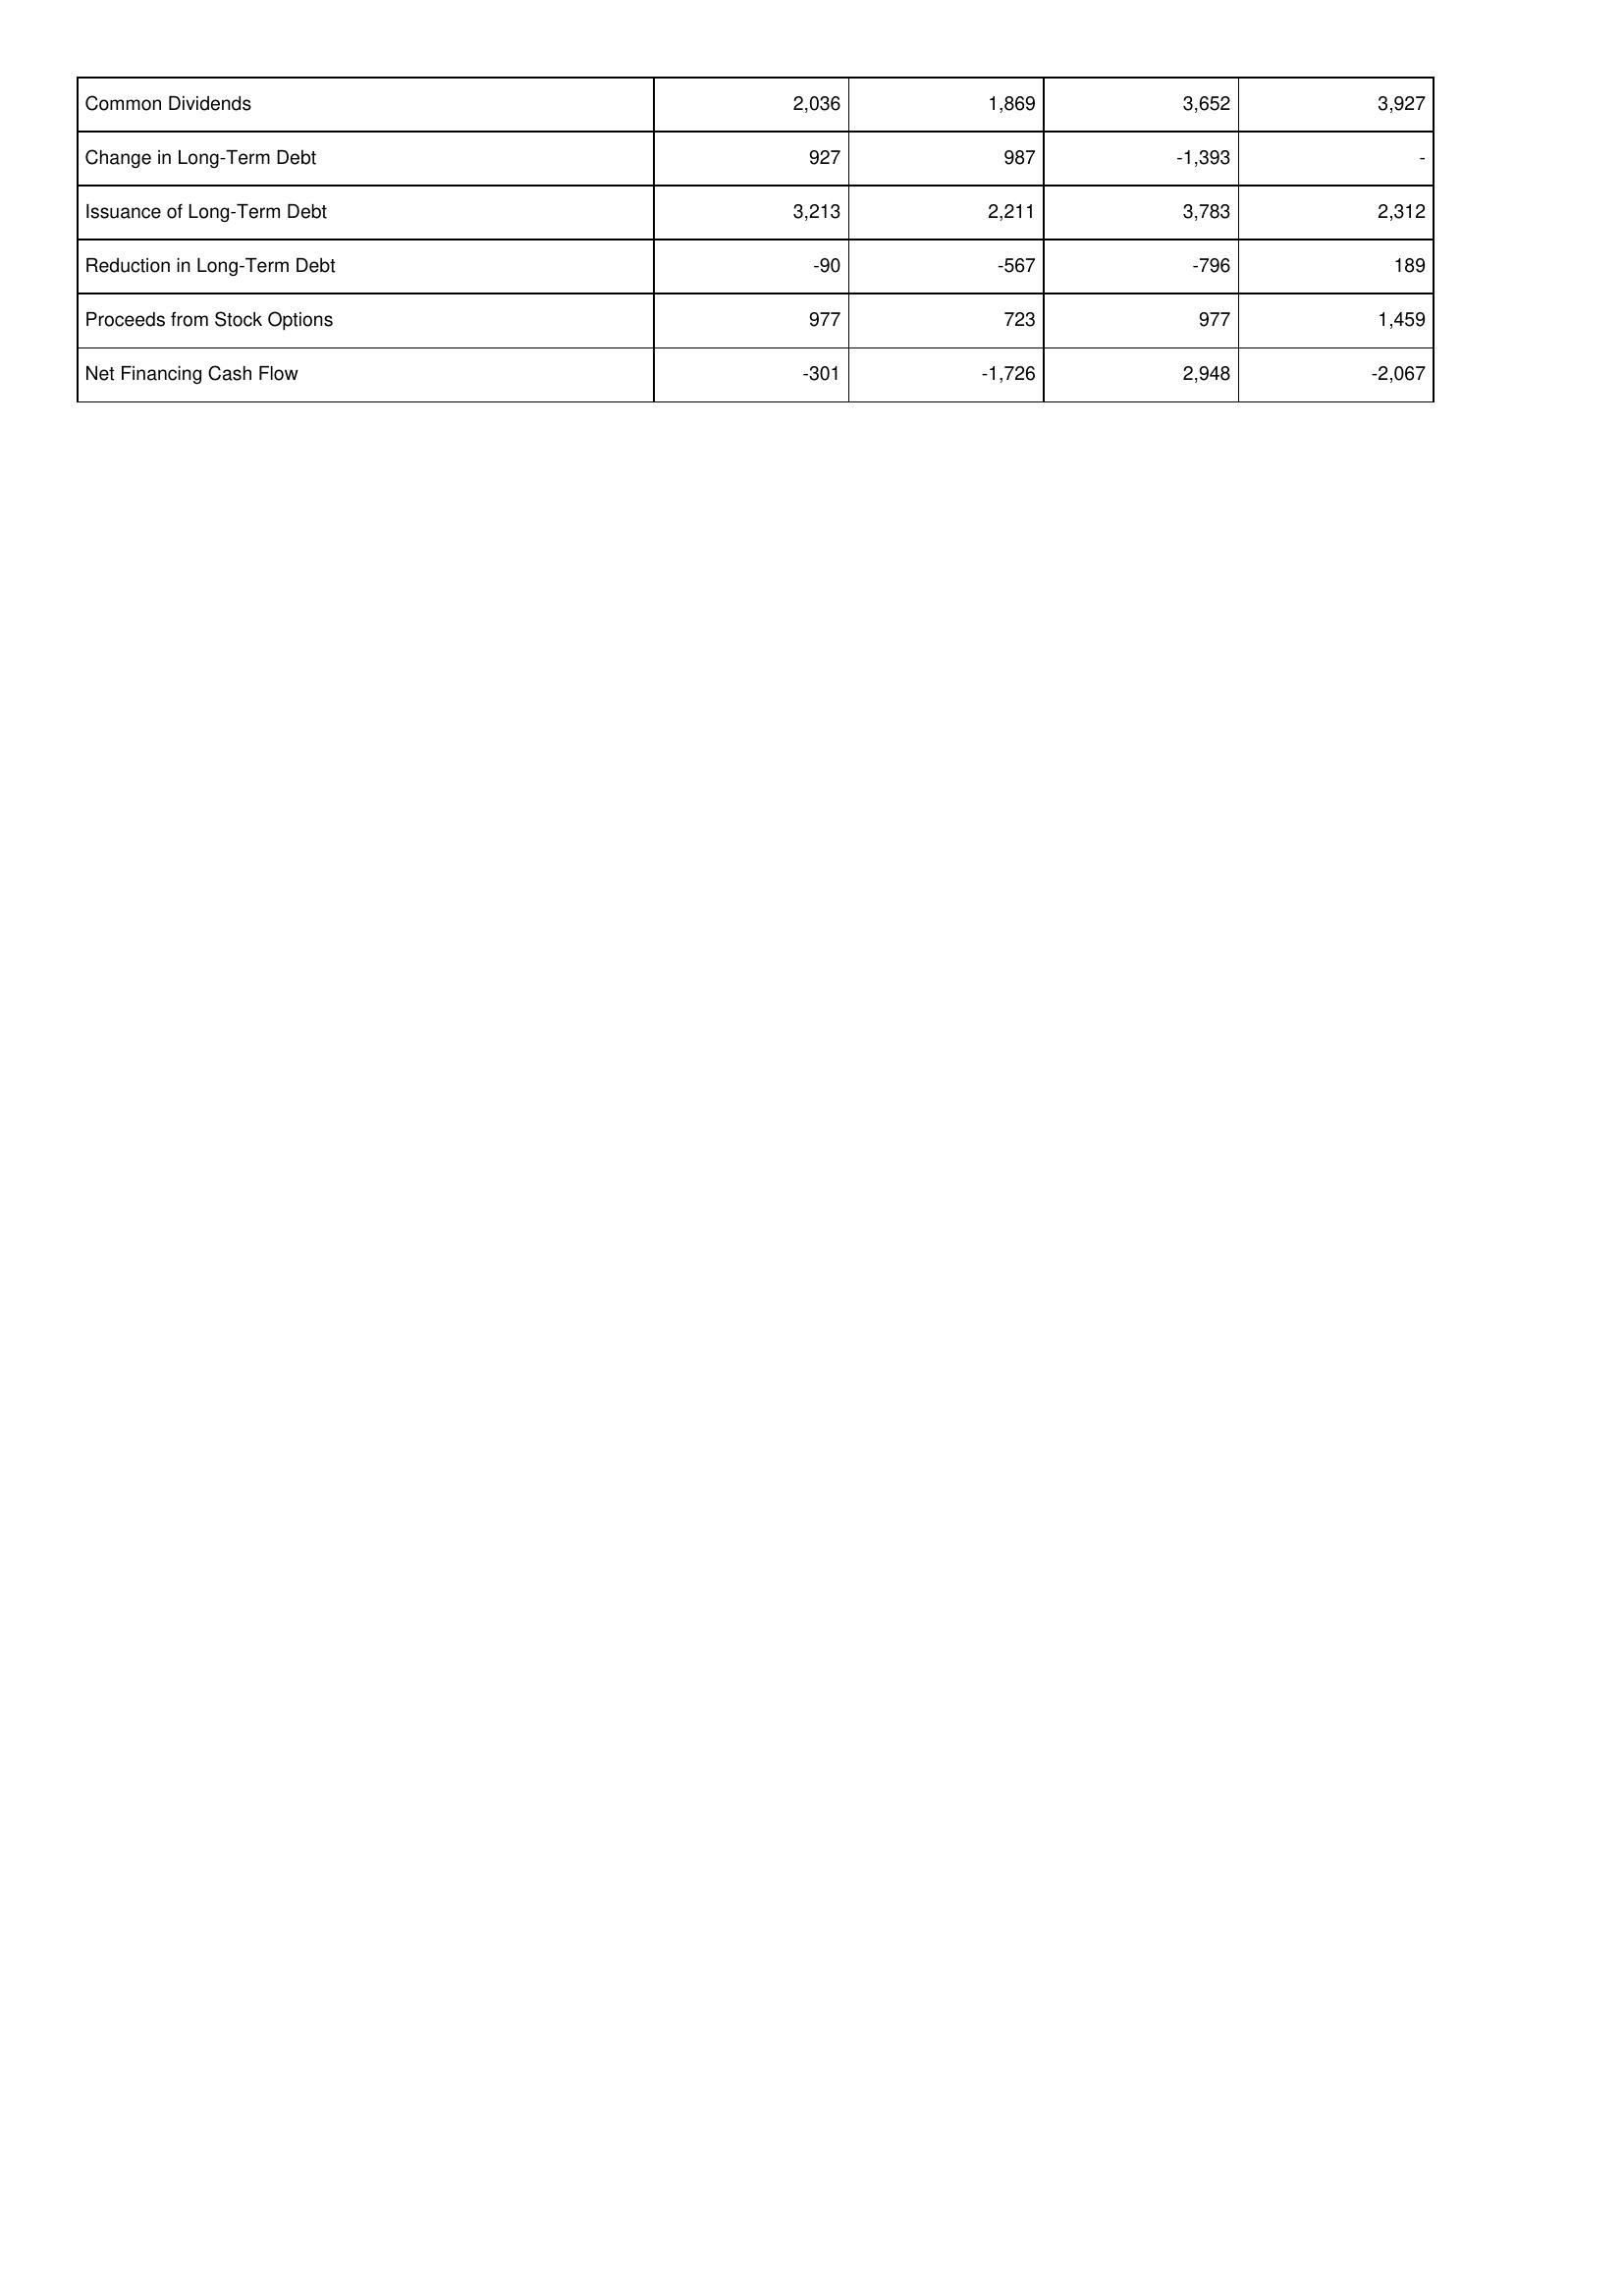
2011: Financing Activities: Common Dividends: 2,036
Change in Long-Term Debt: 927
Issuance of Long-Term Debt: 3,213
Reduction in Long-Term Debt: -90
Proceeds from Stock Options: 977
Net Financing Cash Flow: -301
2010: Financing Activities: Common Dividends: 1,869
Change in Long-Term Debt: 987
Issuance of Long-Term Debt: 2,211
Reduction in Long-Term Debt: -567
Proceeds from Stock Options: 723
Net Financing Cash Flow: -1,726
2009: Financing Activities: Common Dividends: 3,652
Change in Long-Term Debt: -1,393
Issuance of Long-Term Debt: 3,783
Reduction in Long-Term Debt: -796
Proceeds from Stock Options: 977
Net Financing Cash Flow: 2,948
2008: Financing Activities: Common Dividends: 3,927
Change in Long-Term Debt: -
Issuance of Long-Term Debt: 2,312
Reduction in Long-Term Debt: 189
Proceeds from Stock Options: 1,459
Net Financing Cash Flow: -2,067